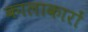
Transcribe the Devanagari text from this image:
कालाकारों